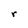
Character: r